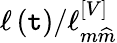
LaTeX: \ell\left(\mathtt{t}\right)/\ell_{m\widehat{{m}}}^{\left[V\right]}